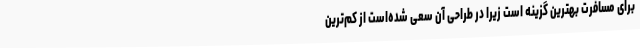
برای مسافرت بهترین گزینه است زیرا در طراحی آن سعی شده‌است از کم‌ترین